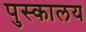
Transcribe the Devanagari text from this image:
पुस्‍कालय